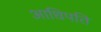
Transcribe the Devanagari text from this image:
आधिपति